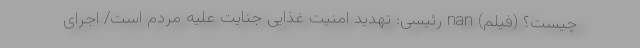
چیست؟ (فیلم) nan رئیسی: تهدید امنیت غذایی جنایت علیه مردم است/ اجرای